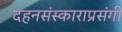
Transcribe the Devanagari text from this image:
दहनसंस्काराप्रसंगी